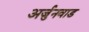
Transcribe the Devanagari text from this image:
अर्जुनवाड